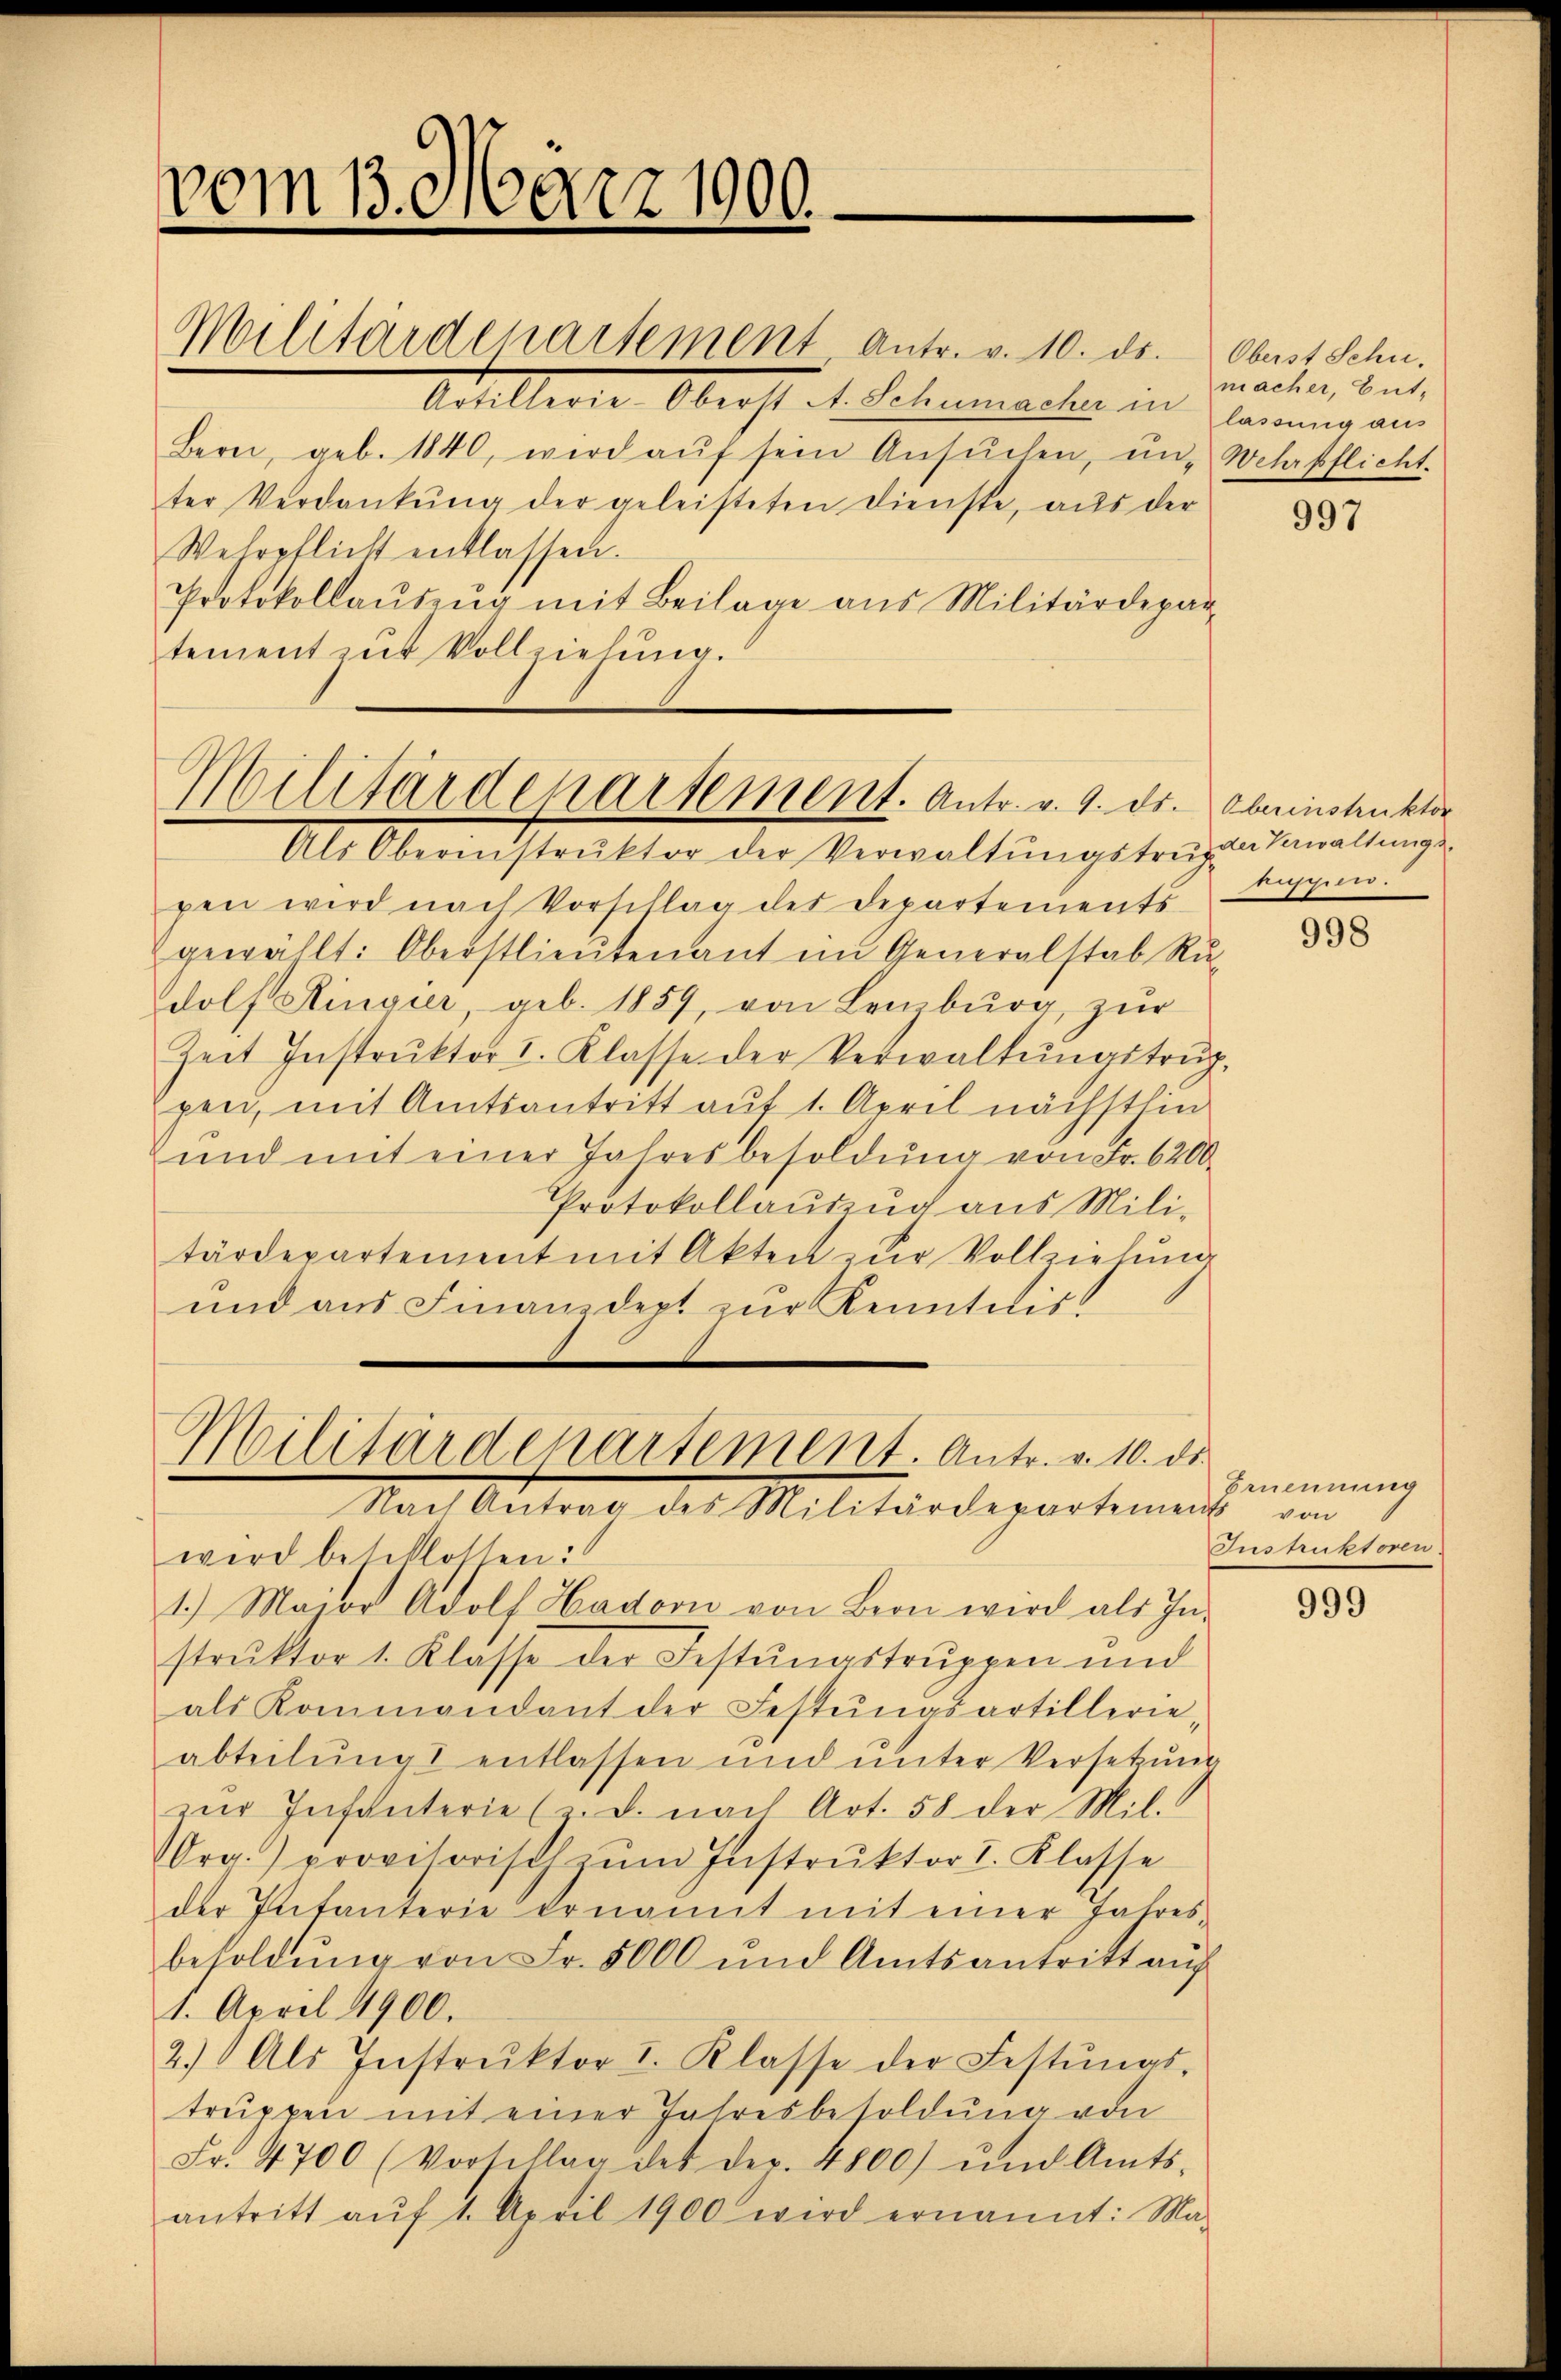
vom 13. März 1900.
Militärdepartement Antr. v. 10. ds. Oberst Schn.

Militärdepartement. Antr. v. 9. Dr. Abeinstruktor

Artillerie Oberst d. Schumachen an Klammer an
Bern, geb. 1840, wird aŭf sein Ansŭchen, ŭn- Wehrpflicht.
ter Verdankŭng der geleisteten Dienste, aŭs der
Wehrpflicht entlassen.
Protokollaŭszŭg mit Beilage aus Militärdepar-
tement mit Vollziehŭng.

Militärdepartement. Antr. v. 10. ds.
Nach Antrag des Militärdepartement von

Als Obernistrŭktor der Verwaltŭngstruzen Gewaltungspen wird nach Vorschlag des Departements suspen.
gewählt: Oberstlieutenant im Generalstab Ru-
dolf Ringier, geb. 1859, von Leiburg, zŭr
Zeit Instrŭktor I. Klasse der Verwaltŭngstrŭg,
pen, mit Amtsantritt auf 1. April nächsthin
und mit einer Jahresbesoldŭng von Fr. 6200
Protokollauszug aus Mili-
tärdepartement mit Akten zur Vollziehung
und aus Finanzdept zur Kenntniss

wird beschlossen:
1.) Maion Adolf Hador von Bern wird als In-
struktor 1. Klasse der Festungstruppen und
als Kommandant der Festŭngsartillerie-
abteilŭng entlassen und ŭnter Versetzŭng
zŭr Infanterie (d. nach Art. 58 der Mil.
rg.) provisorisch zŭm Instrŭktor I. Klasse
der Infanterie ernannt mit einer Jahres-
besoldŭng von Fr. 5000 und Amtsantritt aŭf
1. April 1900.
2.) Als Instrŭktor I. Klasse der Festŭngs-
truppen mit einer Jahresbesoldung von
Fr. 4700 (Vorschlag des der. 4800) und Amts-
antritt aŭf 1. April 1900 wird ernannt: Ma-

macher, Ent-

997

998

Ernennung
Instruktoren.

999